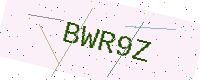
Text: BWR9Z